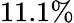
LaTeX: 11.1\%